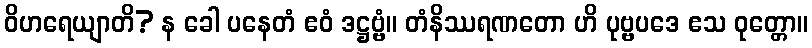
ဝိဟရေယျာတိ? န ခေါ ပနေတံ ဧဝံ ဒဋ္ဌဗ္ဗံ။ တံနိဿရဏတော ဟိ ပုဗ္ဗပဒေ ဧသ ဝုတ္တော။